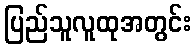
ပြည်သူလူထုအတွင်း